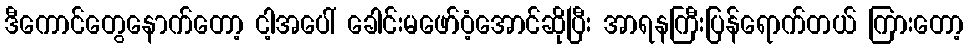
ဒီကောင်တွေနောက်တော့ ငါ့အပေါ် ခေါင်းမဖော်ဝံ့အောင်ဆိုပြီး အာရနကြီးပြန်ရောက်တယ် ကြားတော့